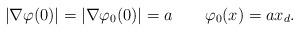
LaTeX: \begin{align*}|\nabla\varphi(0)|=|\nabla\varphi_0(0)|=a\qquad\varphi_0(x)=a x_d.\end{align*}